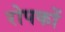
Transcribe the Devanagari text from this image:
रोपकों